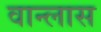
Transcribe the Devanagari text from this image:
वान्लास